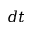
d t